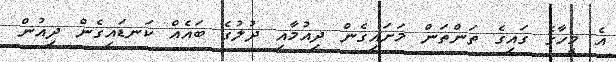
އެ މީހާގެ ގައިގެ ތަންތަން މަށައިގެން ދިއުމާއި ދުލުގެ ބައެއް ކަނޑައިގެން ދިއުން